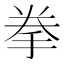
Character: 拳